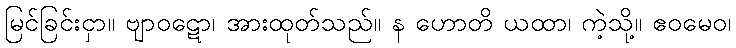
မြင်ခြင်းငှာ။ ဗျာဝဋော၊ အားထုတ်သည်။ န ဟောတိ ယထာ၊ ကဲ့သို့။ ဧဝမေဝ၊